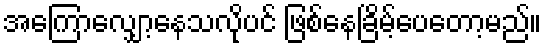
အကြောလျှော့နေသလိုပင် ဖြစ်နေခြိမ့်ပေတော့မည်။